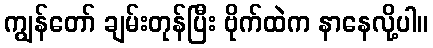
ကျွန်တော် ချမ်းတုန်ပြီး ဗိုက်ထဲက နာနေလို့ပါ။